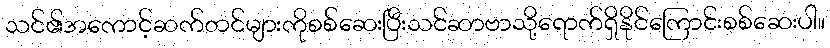
သင်၏အကောင့်ဆက်တင်များကိုစစ်ဆေးပြီးသင်ဆာဗာသို့ရောက်ရှိနိုင်ကြောင်းစစ်ဆေးပါ။